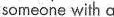
someone with a